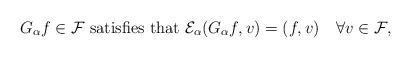
LaTeX: \begin{align*} G_{\alpha}f\in\mathcal{F}\mbox{ satisfies that }\mathcal{E}_{\alpha}(G_{\alpha}f,v)=(f,v)\quad\forall v\in \mathcal{F}, \end{align*}